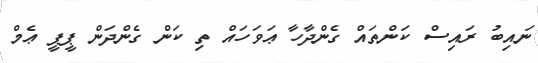
ނައިބު ރައިސް ކަންތައް ގެންދާހާ ޢަވަހައް ތި ކަން ގެންދަން ޕީޕީ ޢެމް